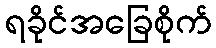
ရခိုင်အခြေစိုက်